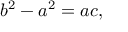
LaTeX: b ^ { 2 } - a ^ { 2 } = a c ,